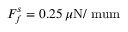
F _ { f } ^ { s } = 0 . 2 5 \, { \mu } \mathrm { N / \ m u m }